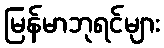
မြန်မာဘုရင်များ